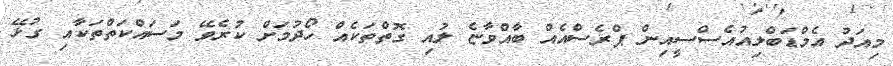
މިއަދު އެމްޑަބްލިއުއެސްސީއިން ޕްރެސްއެއް ބާއްވާޏެ ލުއި ގޮތްތަކެއް ހޯދުމަށް ކުރެވޭ މަސައްކަތްތަކާއި ގުޅޭ